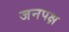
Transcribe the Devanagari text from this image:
जनपक्ष